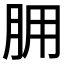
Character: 𦙸